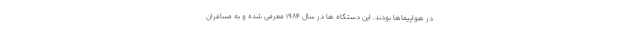
در هواپیماها بودند. این دستگاه ها در سال 1984 معرفی شده و به مسافران